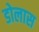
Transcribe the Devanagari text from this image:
डोलास